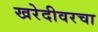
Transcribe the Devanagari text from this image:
खरेदीवरचा